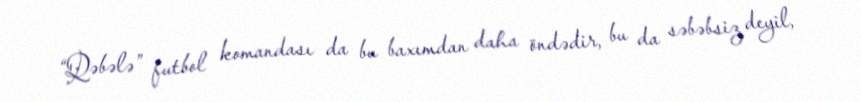
“Qəbələ” futbol komandası da bu baxımdan daha öndədir, bu da səbəbsiz deyil,